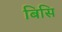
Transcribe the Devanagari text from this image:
बिसि